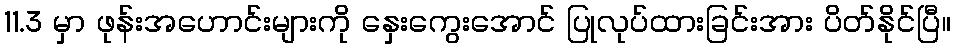
11.3 မှာ ဖုန်းအဟောင်းများကို နှေးကွေးအောင် ပြုလုပ်ထားခြင်းအား ပိတ်နိုင်ပြီ။